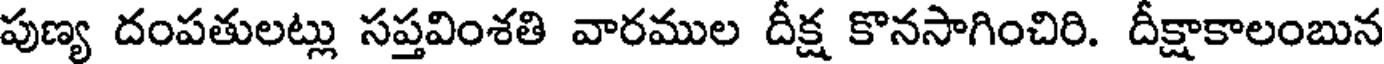
పుణ్య దంపతులట్లు సప్తవింశతి వారముల దీక్ష కొనసాగించిరి. దీక్షాకాలంబున